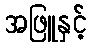
အဖြူနှင့်